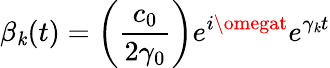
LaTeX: \beta_{\mathit{k}}(t)=\left(\frac{{c_{0}}}{{2\gamma_{0}}}\right)e^{i\omegat}e^{\gamma_{\mathit{k}}t}